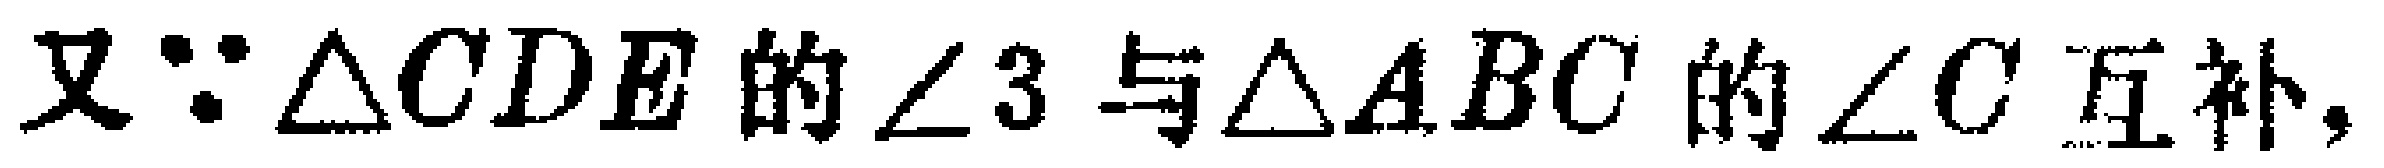
又\(\because \triangle CDE\)的\(\angle 3\)与\(\triangle ABC\)的\(\angle C\)互补，